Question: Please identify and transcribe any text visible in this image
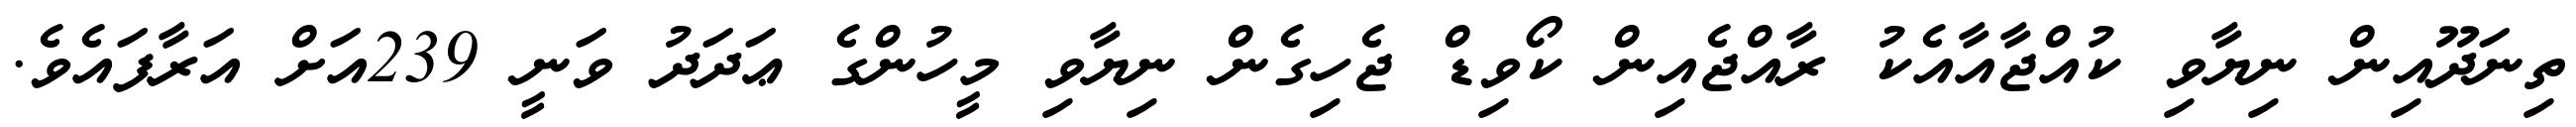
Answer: ތިނަދޫއިން ނިޔާވި ކުއްޖާއާއެކު ރާއްޖެއިން ކޯވިޑް ޖެހިގެން ނިޔާވި މީހުންގެ ޢަދަދު ވަނީ 239އަށް އަރާފައެވެ.